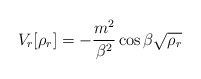
\begin{align*}V_r[\rho_r] =-\frac {m^2} {\beta^2} \cos \beta \sqrt{\rho_r}\end{align*}